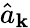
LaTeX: \hat{a}_{\mathbf k}